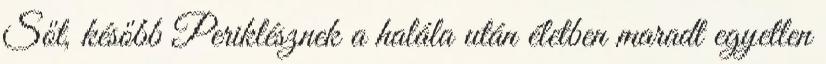
Sőt, később Periklésznek a halála után életben maradt egyetlen